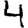
Digit: 4